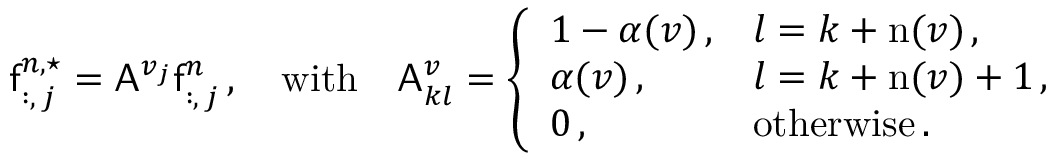
\mathsf { f } _ { : , \, j } ^ { n , \star } = \mathsf { A } ^ { v _ { j } } \mathsf { f } _ { : , \, j } ^ { n } \, , \quad \mathrm { w i t h } \quad \mathsf { A } _ { k l } ^ { v } = \left\{ \begin{array} { l l } { 1 - \alpha ( v ) \, , } & { l = k + \mathrm { n } ( v ) \, , } \\ { \alpha ( v ) \, , } & { l = k + \mathrm { n } ( v ) + 1 \, , } \\ { 0 \, , } & { \mathrm { o t h e r w i s e } \, . } \end{array} \right.